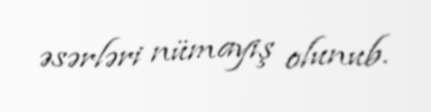
əsərləri nümayiş olunub.